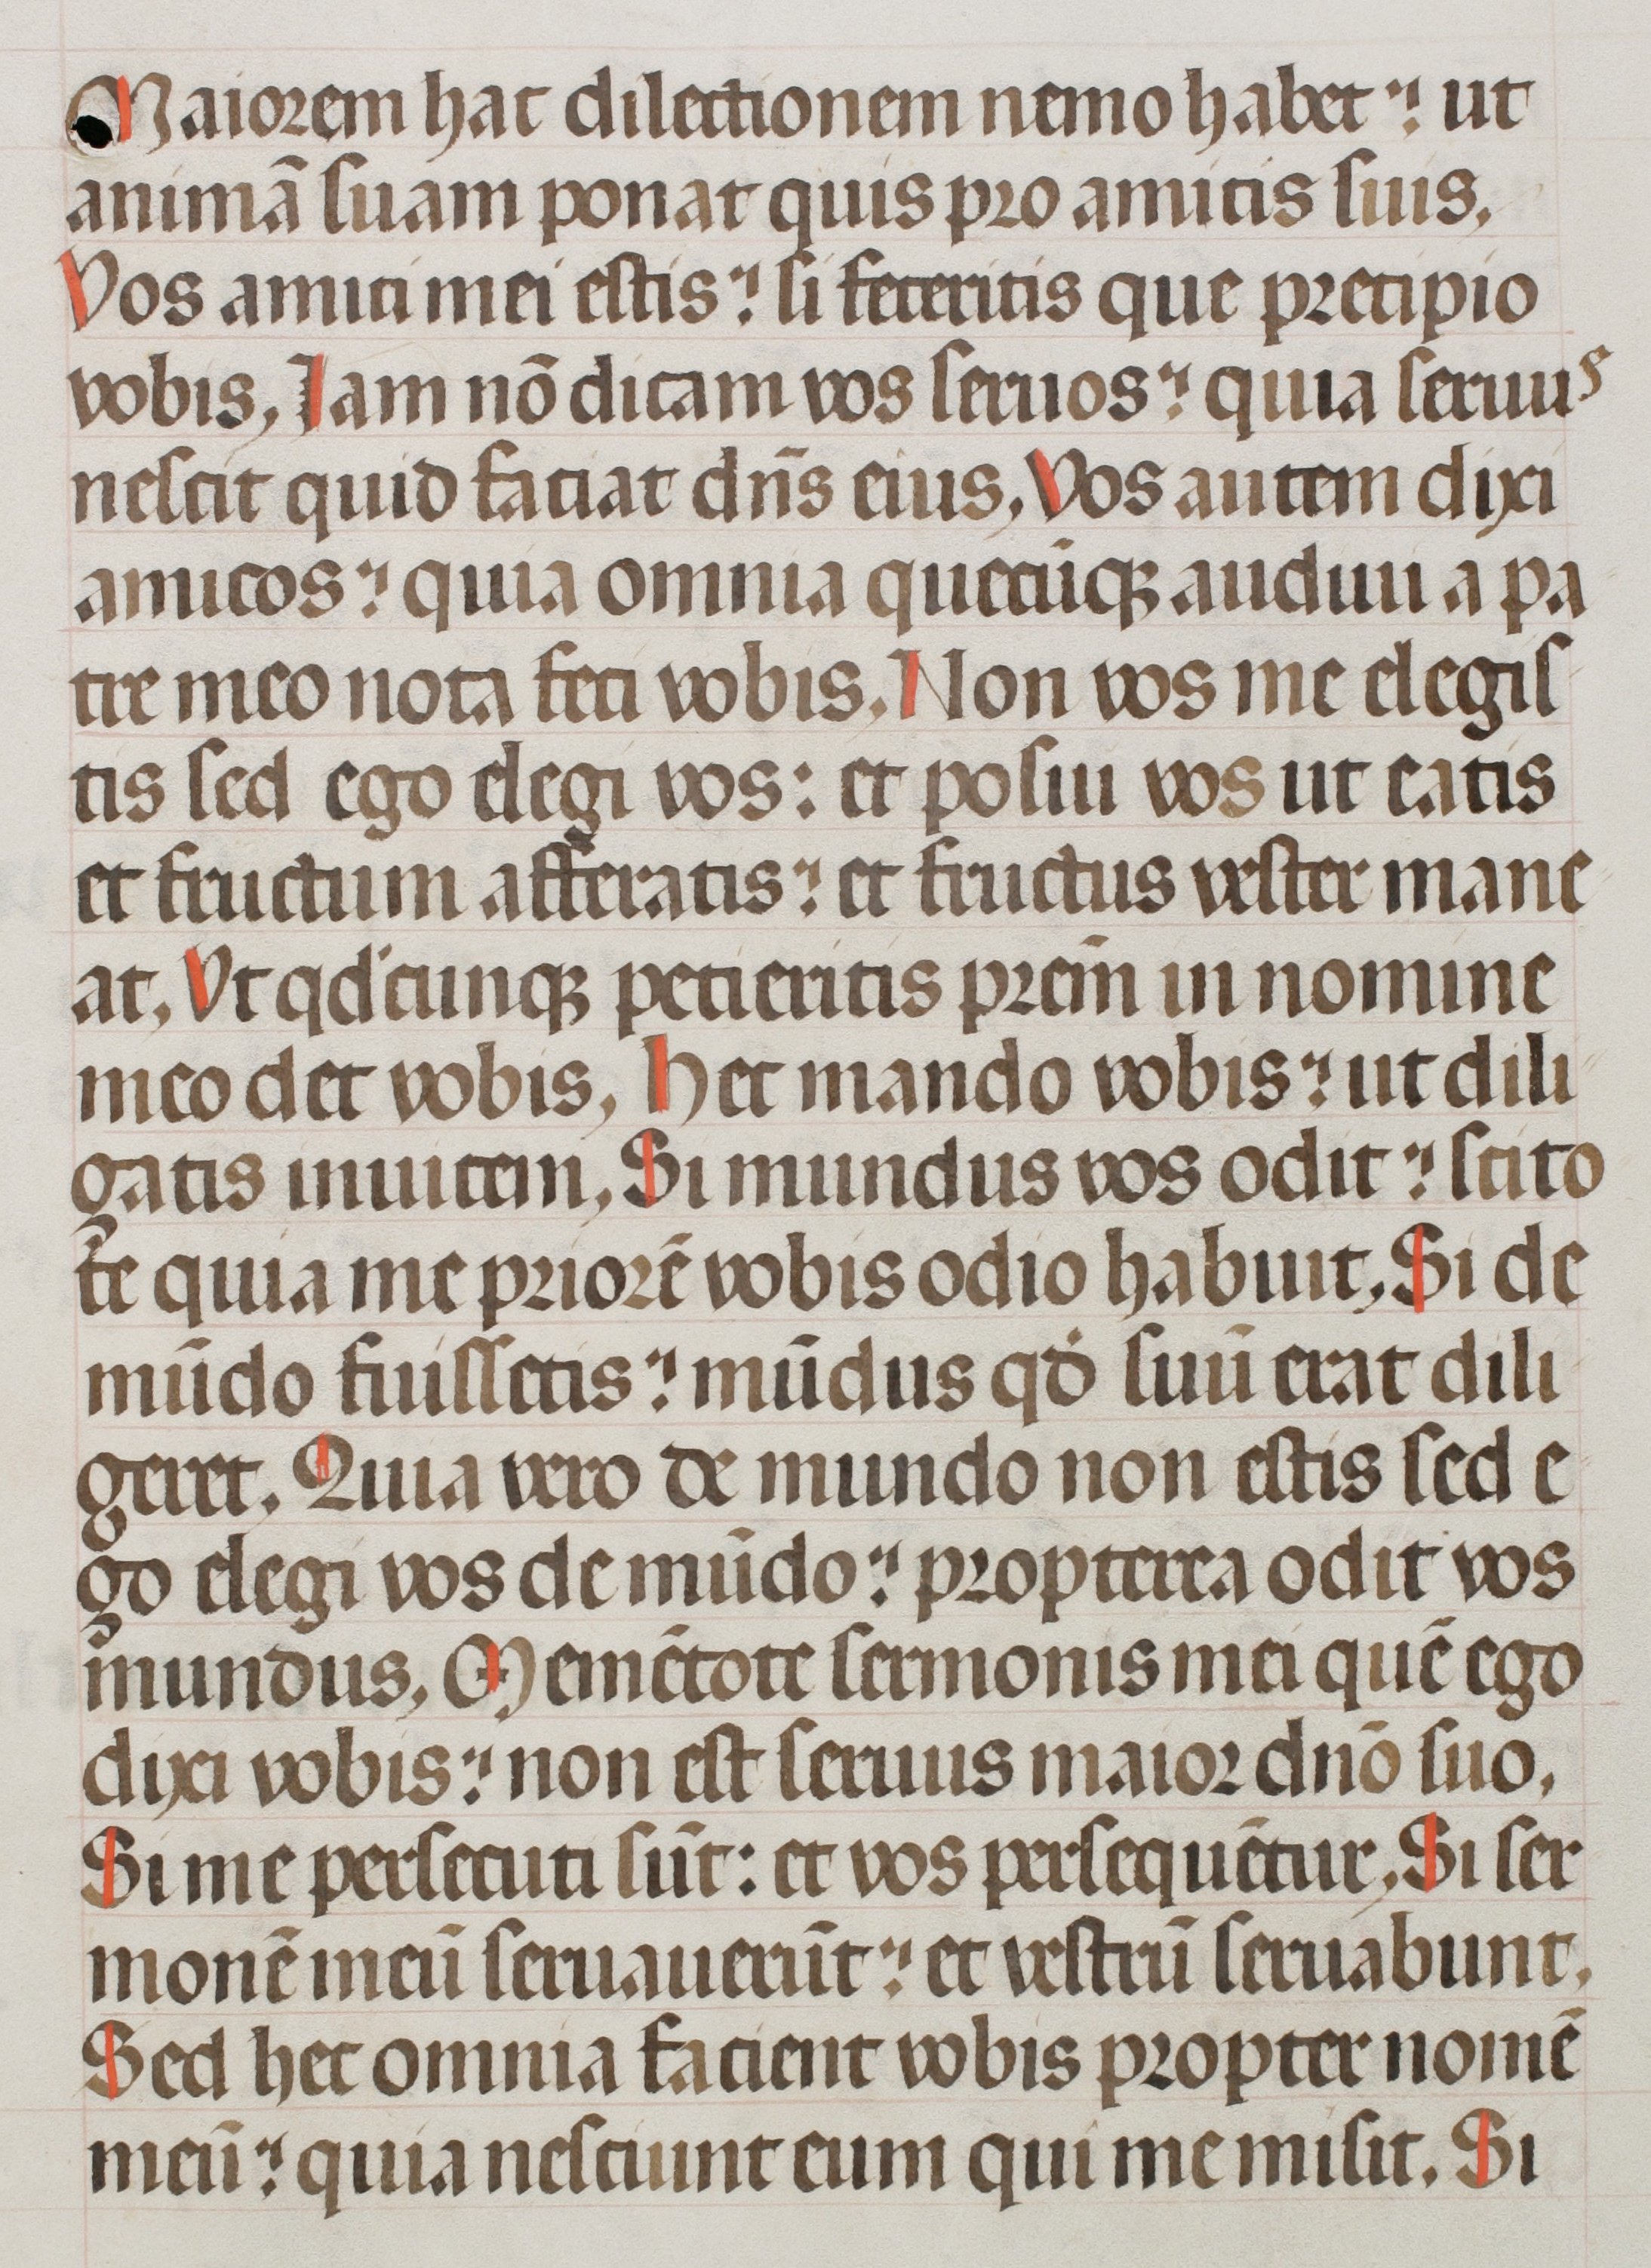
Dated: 1400–1499